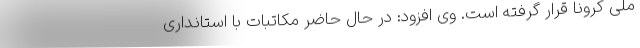
ملی کرونا قرار گرفته است. وی افزود: در حال حاضر مکاتبات با استانداری